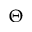
\Theta